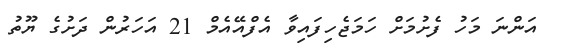
އަންނަ މަހު ފެށުމަށް ހަމަޖެހިފައިވާ އެފްއޭއެމް 21 އަހަރުން ދަށުގެ ޔޫތު